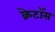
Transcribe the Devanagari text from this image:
क्रेटॉस